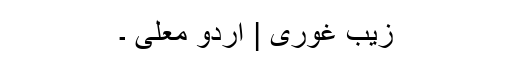
زیب غوری | اردو معلّی ۔